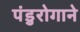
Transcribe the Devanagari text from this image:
पंडुरोगाने